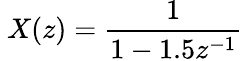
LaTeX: \ X(z)={\frac{1}{1-1.5z^{-1}}}